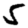
Digit: 5